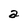
Character: a